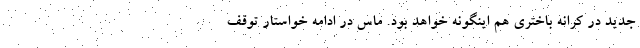
جدید در کرانه باختری هم اینگونه خواهد بود. ماس در ادامه خواستار توقف